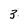
Character: 3